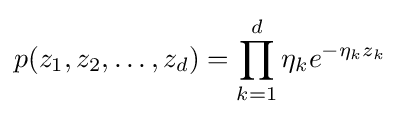
p(z_{1},z_{2},\ldots ,z_{d})=\prod _{k=1}^{d}\eta _{k}e^{-\eta _{k}z_{k}}